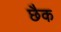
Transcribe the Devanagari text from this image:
छैक